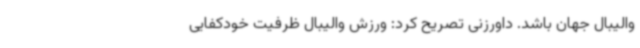
والیبال جهان باشد. داورزنی تصریح کرد: ورزش والیبال ظرفیت خودکفایی